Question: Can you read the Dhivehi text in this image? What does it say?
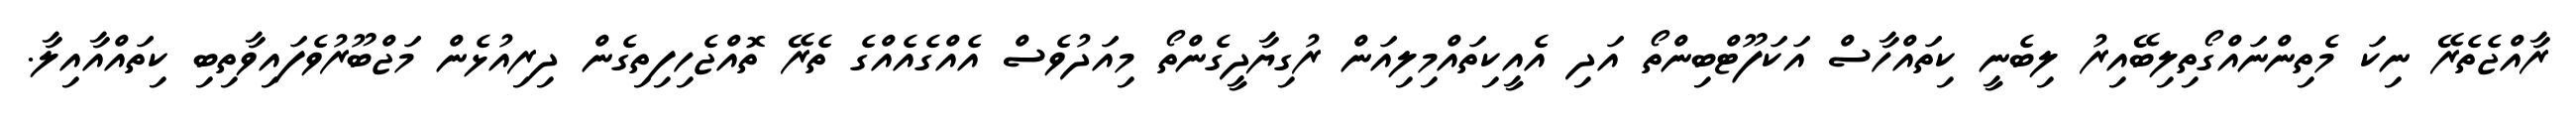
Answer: ރާއްޖެތެރޭ ނިކަ މެތިންނައްގޯތިލިބޭއިރު ލިބެނީ ކިތައްހާސް އަކަފޫޓްބިންތޯ އަދި އެއީކިތައްމިލިއަން ރުގިޔާދީގެންތޯ މިއަދުވެސް އެއްގެއެއްގެ ތެރޭ ތޮއްޖެހިފިތިގެން ދިރިއުޅެން މަޖްބޫރުވެފައިވާތިބި ކިތައްއާއިލާ.